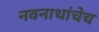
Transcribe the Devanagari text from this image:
नवनाथांचेच